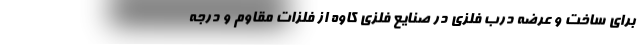
برای ساخت و عرضه درب فلزی در صنایع فلزی کاوه از فلزات مقاوم و درجه